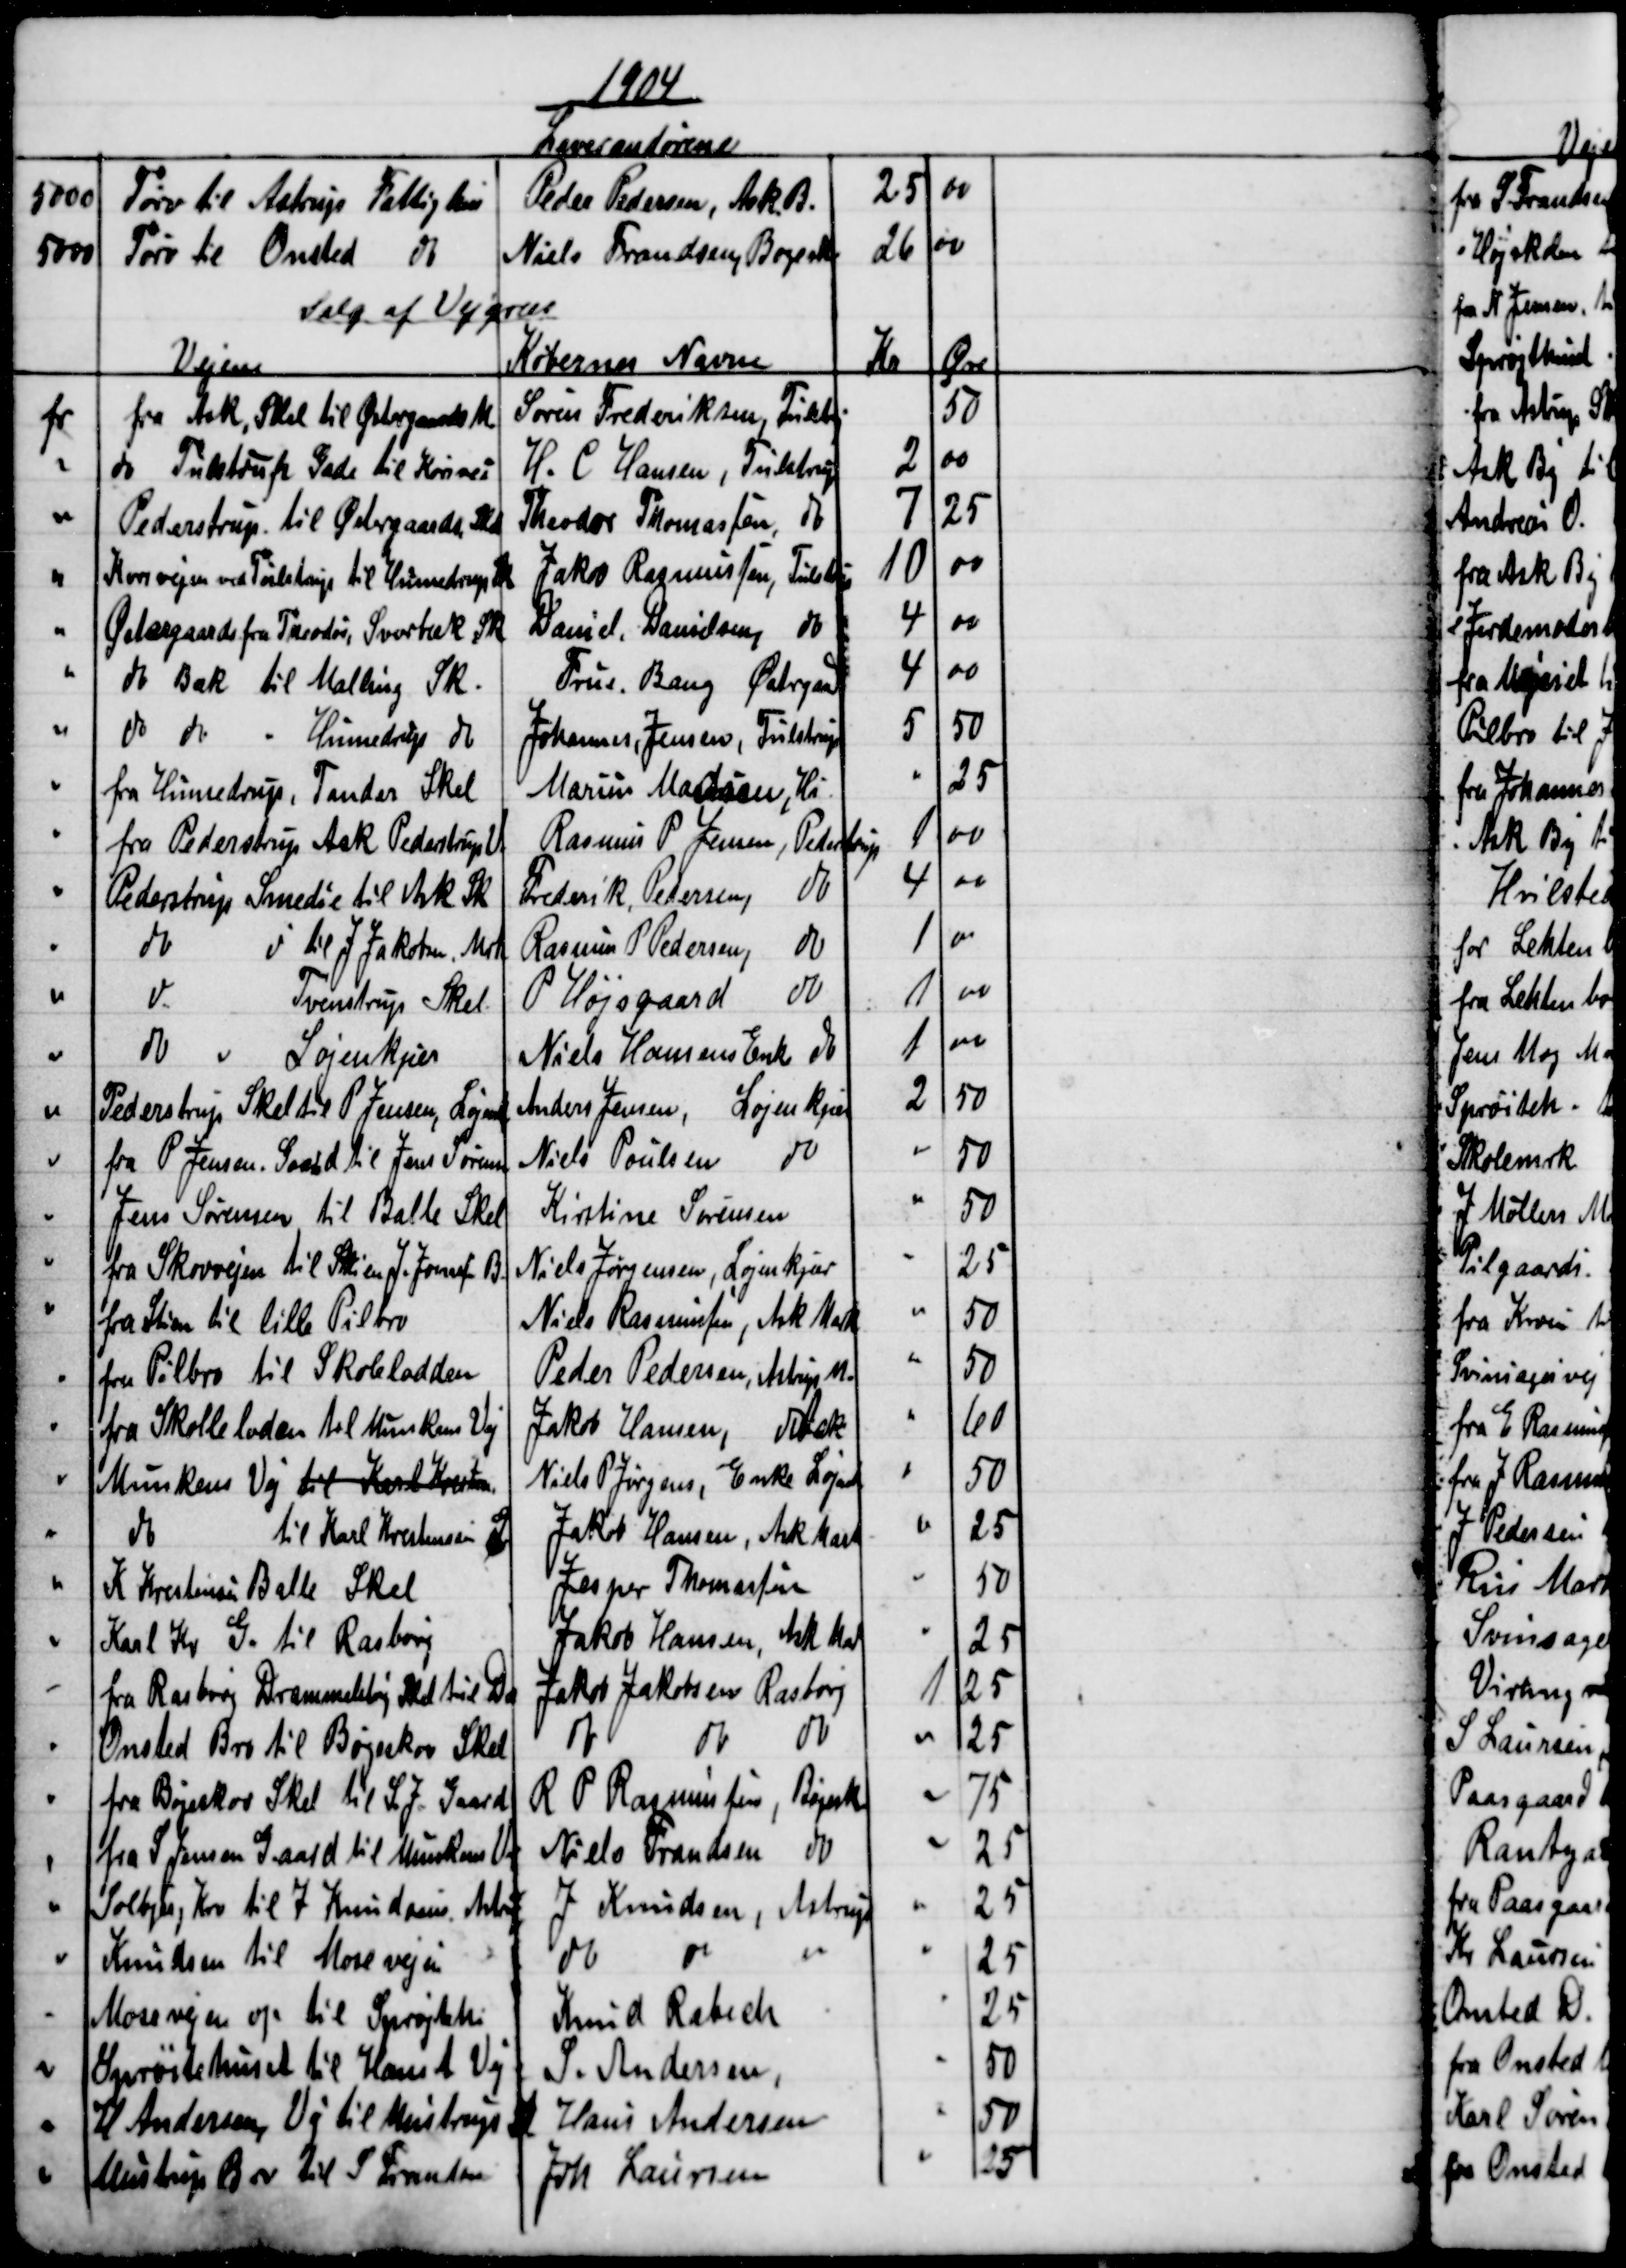
Transskription:
1904
Leverandørene
5000
Tørv til Astrups Fattighus
Peder Pedersen, Ask. B.
25
00
5000
Tørv til Onsted do
Niels Frandsen, Bøgeskov
26 00
Salg af Vejgræs
Vejene
Købernes Navne
Kr
Øre
fv
fra Ask, Skel til Østergaards M
Søren Frederiksen Tulstp
50
do
Tulstrup Gade til Korsvei
H. C. Hansen, Tulstrup
2
00
Pederstrup til Østergaards. Skel
Theodor Thomassen do
7
25
Korsvejen ved Tulstrup til Hinnedrup Sk
Jakob Rasmussen, Tuilstrup
10
00
Østergaards fra Theodor, Svorbæk Sk
Daniel, Danielsen, do
4
00
do Bæk til Malling Sk.
Frue. Bang Østergaard
4
00
do do
Hinnedrup do
Johannes Jensen, Tulstrup
5
50
fra Hinnedrup, Tander Skel
Marius Madsen, Hi
25
fra Pederstrup Ask Pederstrup V.
Rasmus P. Jensen, Pederstrup
1
00
Pederstrup Smedie til Ask Sk
Frederik, Pedersen,
do
4
00
do
do til J. Jakobsen, Mrk
Rasmus P Pedersen
do
1
00
do
Tvenstrup Skel.
P Højsgaard 
do
1
00
do 
Løjenkjær
Niels Hansens Enke do
1
00
Pederstrup Skel til P Jensen, Løjenk
Anders Jensen, Løjenkjær
2
50
fra P Jensen, Gaard til Jens Sørensen
Niels Poulsen 
do
50
Jens Sørensen til Balle Skel
Kirstine Sørensen
50
fra Skovvejen til Stien J.  B
Niels Jørgensen, Løjenkjær
25
fra Stien til lille Pilbro
Niels Rasmussen, Ask Mark
50
fra Pilbro til Skolelodden
Peder Pedersen, Astrup M.
50
fra Skolleloden til Munkens Vej
Jakob Hansen, do Ask
60
Munkens Vej til Karl Kresten
Niels P Jørgens, Enke Løjenk
50
do
til Karl Krestensen G
Jakob Hansen, Ask Mark
25
K. Krestensen Balle Skel
Jesper Thomasen
50
Karl Kr G. til Rasborg
Jakob Hansen, Ask Mark
25
fra Rasborg Drammelstrup Skel til Da
Jakob Jakobsen Rasborg
1
25
Onsted Bro til Bøgeskov Skel
do
do 
do
25
fra Bøgeskov Skel til S. J. Gaard
R P Rasmussen, Bøjesk
75
fra S Jensen Gaard til Munkens Vej
Niels Frandsen do
25
Solbjerg Kro til J. Knudsens  Astrup
J Knudsen, Astrup
25
Knudsen til Mosevejen
do
do
25
Mosevejen op til Sprøjtehus
Knud Rabech
25
Sprøitehuset til Hans A Vej
S. Andersen,
50
H Andersen, Vej til Mustrup Sk
Hans Andersen
50
Mustrup Skel til S. Frandsen
Joh. Laursen
25